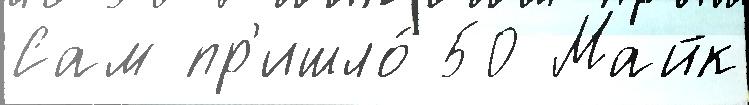
Сам пр'ишло́ 50 Майк